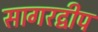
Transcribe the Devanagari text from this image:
सागरद्वीप